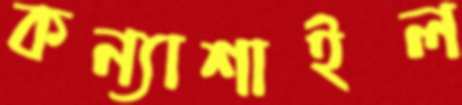
কন্যাশাইল